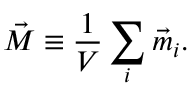
\vec { M } \equiv \frac { 1 } { V } \sum _ { i } \vec { m } _ { i } .